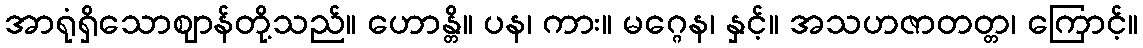
အာရုံရှိသောဈာန်တို့သည်။ ဟောန္တိ။ ပန၊ ကား။ မဂ္ဂေန၊ နှင့်။ အသဟဇာတတ္တ၊ ကြောင့်။